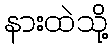
နားထဲသို့